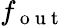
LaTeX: f_{\mathrm{~o~u~t~}}